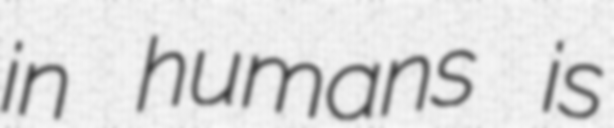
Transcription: in humans is